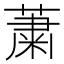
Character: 䔥